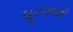
ઘૂટણથી